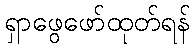
ရှာဖွေဖော်ထုတ်ရန်